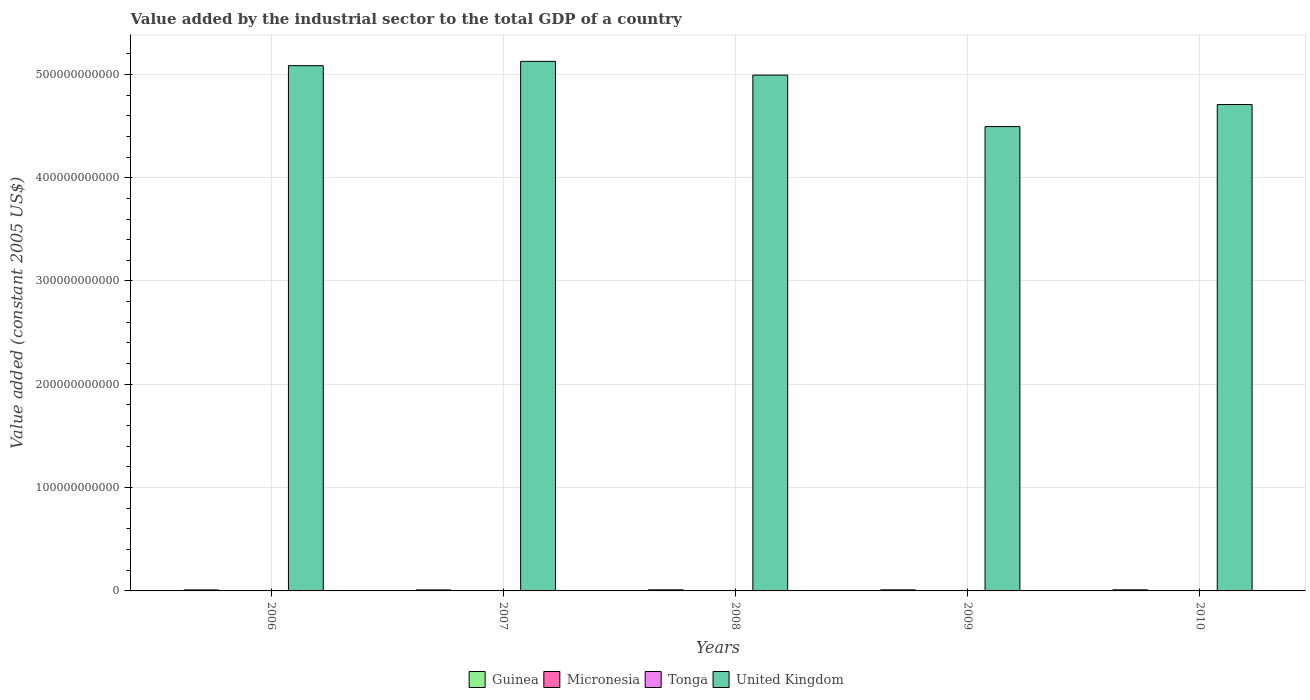
| Years | Guinea | Micronesia | Tonga | United Kingdom |
 | --- | --- | --- | --- | --- |
 | 2006 | 9.63e+08 | 1.03e+07 | 4.26e+07 | 5.08e+11 |
 | 2007 | 9.79e+08 | 9.61e+06 | 4.06e+07 | 5.13e+11 |
 | 2008 | 1.07e+09 | 1.03e+07 | 4.08e+07 | 4.99e+11 |
 | 2009 | 1.04e+09 | 1.41e+07 | 4.61e+07 | 4.49e+11 |
 | 2010 | 1.06e+09 | 1.64e+07 | 5.15e+07 | 4.71e+11 |